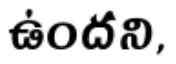
ఉందని,